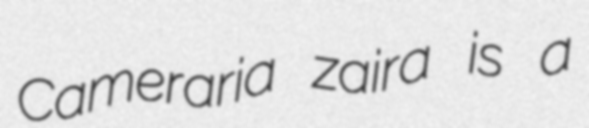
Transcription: Cameraria zaira is a